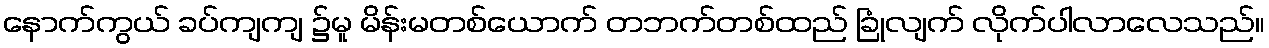
နောက်ကွယ် ခပ်ကျကျ ၌မူ မိန်းမတစ်ယောက် တဘက်တစ်ထည် ခြုံလျက် လိုက်ပါလာလေသည်။